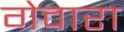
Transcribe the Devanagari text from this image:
गेवारा